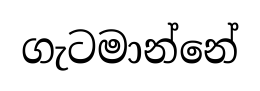
ගැටමාන්නේ